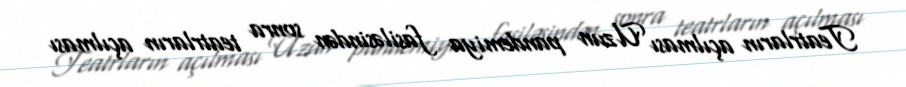
Teatrların açılması Uzun pandemiya fasiləsindən sonra teatrların açılması